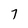
Character: 7